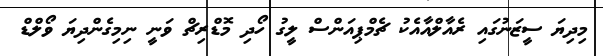
މިދިޔަ ސީޒަނުގައި ރެއާލްއާއެކު ޗެމްޕިއަންސް ލީގު ހޯދި މޮޑްރިޗް ވަނީ ނިމިގެންދިޔަ ވޯލްޑް